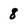
Character: 8